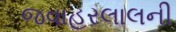
જવાહરલાલની